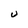
Character: U